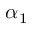
\alpha _ { 1 }